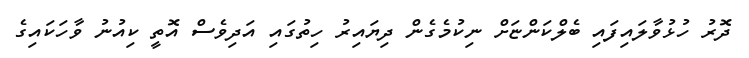
ދޮރު ހުޅުވާލައިފައި ބެލްކަންޏަށް ނިކުމެގެން ދިޔައިރު ހިތުގައި އަދިވެސް އޮތީ ކިއުނު ވާހަކައިގެ